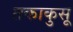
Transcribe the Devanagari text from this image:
तकाकुसू